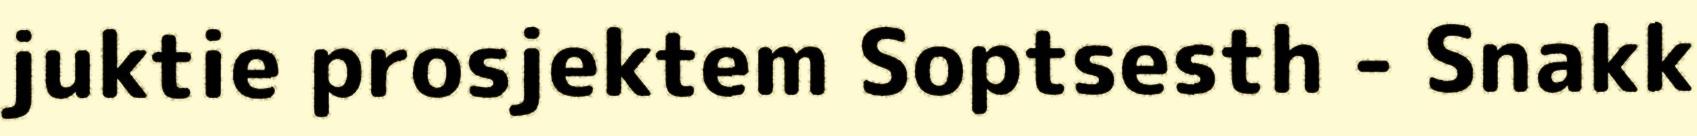
juktie prosjektem Soptsesth - Snakk